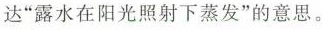
达”露水在阳光照射下蒸发”的意思。